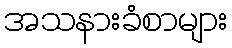
အသနားခံစာများ